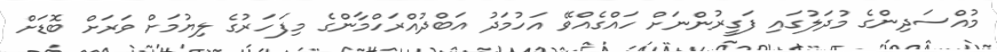
މުއްސަދިންގެ މުދަލުގައި ފަގީރުންނަށް ހައްގެއްވޭ އަހުމަދު އަބްދުއްރަހްމާންގެ މިފަހަރުގެ ލިޔުމަށް ވަރަށް ބޮޑަށް